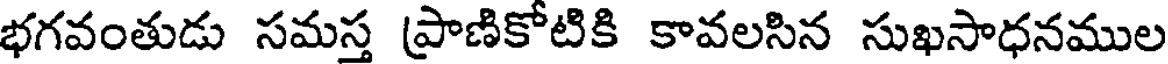
భగవంతుడు సమస్త ప్రాణికోటికి కావలసిన సుఖసాధనముల